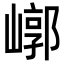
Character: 𡻳